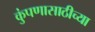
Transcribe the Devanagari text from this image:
कुंपणासाठीच्या